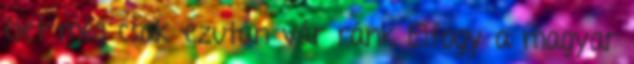
élet még csak ezután vár ránk Elfogy a magyar